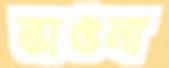
ভাঙনা